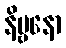
နိဗ္ဗနော